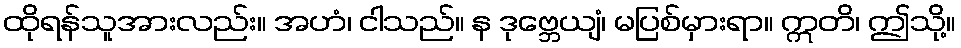
ထိုရန်သူအားလည်း။ အဟံ၊ ငါသည်။ န ဒုဗ္ဘေယျံ၊ မပြစ်မှားရာ။ ဣတိ၊ ဤသို့။